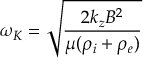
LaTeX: \omega _ { K } = { \sqrt { \frac { 2 k _ { z } B ^ { 2 } } { \mu ( \rho _ { i } + \rho _ { e } ) } } }